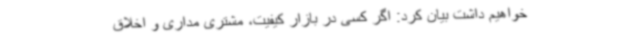
خواهیم داشت بیان کرد: اگر کسی در بازار کیفیت، مشتری مداری و اخلاق